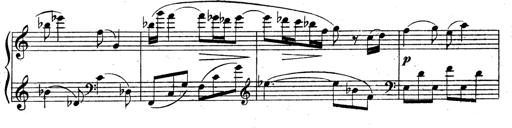
Title: 3 Sonatinas for Piano
Composer: Vissarion Shebalin